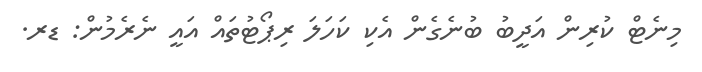
މިނެޓް ކުރިން އަދީބު ބުނެގެން އެކި ކަހަލަ ރިޕޯޓުތައް އައީ ނެރެމުން: ޑރ.